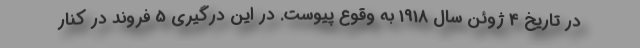
در تاریخ 4 ژوئن سال 1918 به وقوع پیوست. در این درگیری 5 فروند در کنار